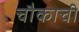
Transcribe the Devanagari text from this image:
चौकाची